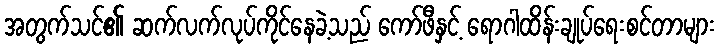
အတွက်သင်၏ ဆက်လက်လုပ်ကိုင်နေခဲ့သည် ကော်ဖီနှင့် ရောဂါထိန်းချုပ်ရေးစင်တာများ